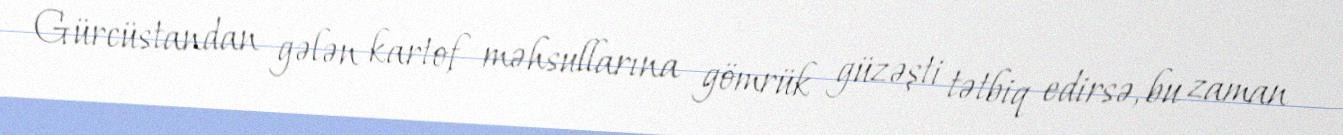
Gürcüstandan gələn kartof məhsullarına gömrük güzəşti tətbiq edirsə, bu zaman